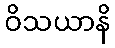
ဝိသယာနိ